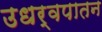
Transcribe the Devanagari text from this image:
उधर्वपातन